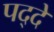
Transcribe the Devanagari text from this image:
पद्दे